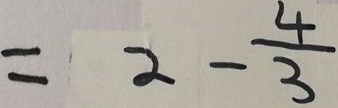
= 2 - \frac { 4 } { 3 }